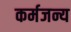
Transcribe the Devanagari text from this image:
कर्मजन्य